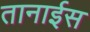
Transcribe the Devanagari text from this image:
तानाईस